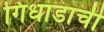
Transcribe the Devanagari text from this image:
गिधाडाची